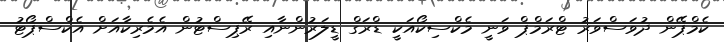
ކެމްޕޭން ދުވަސްވަރު ޓްރަމްޕް ވަނީ މެކްސިކޯއަކީ ޑްރަގް ޑީލަރުންނާއި ރޭޕިސްޓުން އެމެރިކާއަށް އެކްސްޕޯޓު